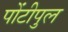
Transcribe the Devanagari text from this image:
पोंटीपुल